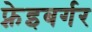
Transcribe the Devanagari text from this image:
फ़्रेइबर्गर